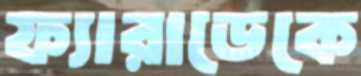
ফ্যারাডেকে